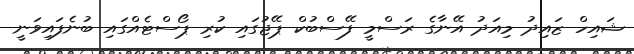
ޝައިހް ޒައިދު މިއަދު އޭނާގެ ރަސްމީ ފޭސްބުކް ޕޭޖުގައި ކުރި ޕޯސްޓެއްގައި ބުނެފައިވަނީ